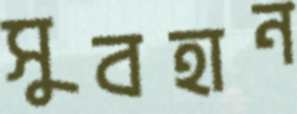
সুবহান